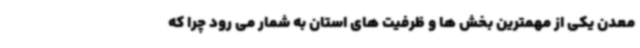
معدن یکی از مهمترین بخش ها و ظرفیت های استان به شمار می رود چرا که